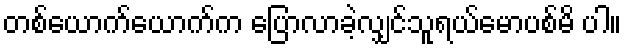
တစ်ယောက်ယောက်က ပြောလာခဲ့လျှင်သူရယ်မောပစ်မိ ပါ။